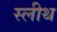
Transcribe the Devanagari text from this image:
स्लीथ